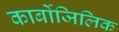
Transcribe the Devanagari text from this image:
कार्बोजिलिक